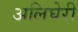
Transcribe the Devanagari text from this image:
अलिघेरी